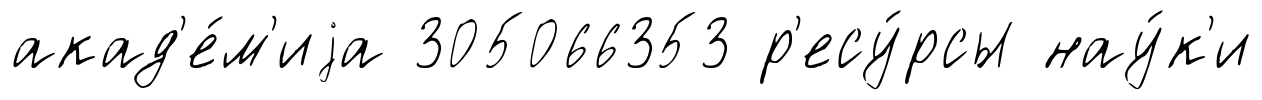
акад'е́м'иjа 305066353 р'есу́рсы нау́к'и